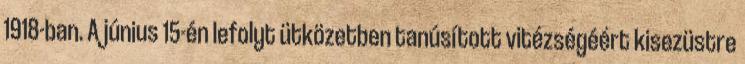
1918-ban. A június 15-én lefolyt ütközetben tanúsított vitézségéért kisezüstre